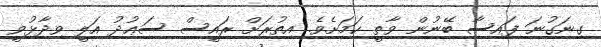
ގިނަގުނަ ފައިސާ ބޭނުން ވާތީ ކަމަށެވެ. އިތުރަށް ރައީސް ސަޢުދު އަލީ ވިދާޅުވީ